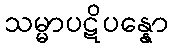
သမ္မာပဋိပန္နော